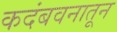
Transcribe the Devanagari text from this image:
कदंबवनातून